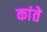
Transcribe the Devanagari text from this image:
कांते